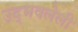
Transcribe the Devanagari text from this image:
उद्भवलेली